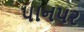
પાનપર